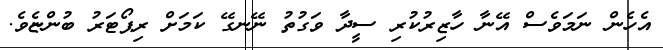
އެހެން ނަމަވެސް އޭނާ ހާޒިރުކުރި ސީދާ ވަގުތު ނޭނގޭ ކަމަށް ރިޕޯޓަރު ބުންޏެވެ.